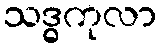
သဒ္ဓကုလာ